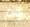
وم